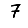
Digit: 7